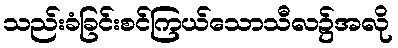
သည်းခံခြင်းစင်ကြယ်သောသီလ၌အလို